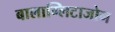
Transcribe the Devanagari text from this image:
बालाग्लिटाजोन